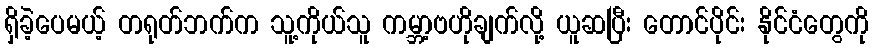
ရှိခဲ့ပေမယ့် တရုတ်ဘက်က သူ့ကိုယ်သူ ကမ္ဘာ့ဗဟိုချက်လို့ ယူဆပြီး တောင်ပိုင်း နိုင်ငံတွေကို